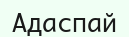
Адаспай